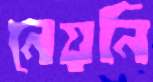
নেয়নি